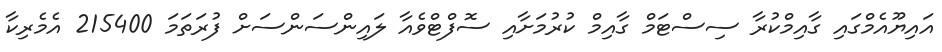
އައިޔޫއެމްގައި ގާއިމްކުރާ ސިސްޓަމް ގާއިމް ކުރުމަށާއި ސޮފްޓްވެއާ ލައިންސަންސަށް ފުރަތަމަ 215400 އެމެރިކާ